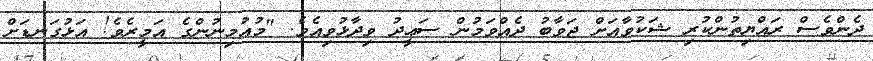
ދެންވެސް ރައްޔިތުންކުރި ޝަކުވާއަށް ޖަވާބު ދެއްވަމުން ސަޢީދު ވިދާޅުވިއެވެ. "މުއުމިނުންގެ އަމީރެވެ! އަޅުގަނޑަށް